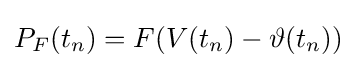
P_{F}(t_{n})=F(V(t_{n})-\vartheta (t_{n}))